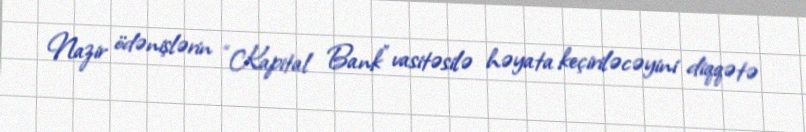
Nazir ödənişlərin “Kapital Bank” vasitəsilə həyata keçiriləcəyini diqqətə